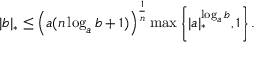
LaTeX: | b | _ { * } \leq \left( a ( n \log _ { a } b + 1 ) \right) ^ { \frac { 1 } { n } } \operatorname* { m a x } \left\{ | a | _ { * } ^ { \log _ { a } b } , 1 \right\} .